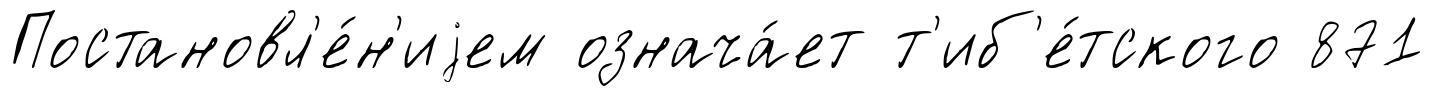
Постановл'е́н'иjем означа́ет т'иб'е́тского 871